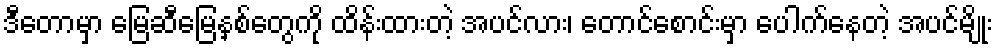
ဒီတောမှာ မြေဆီမြေနှစ်တွေကို ထိန်းထားတဲ့ အပင်လား၊ တောင်စောင်းမှာ ပေါက်နေတဲ့ အပင်မျိုး